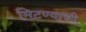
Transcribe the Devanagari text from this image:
मिटण्याची